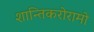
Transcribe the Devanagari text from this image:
शान्तिकरोरामो